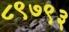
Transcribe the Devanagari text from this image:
८९७९३